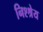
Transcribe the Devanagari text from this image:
निश्श्रेय